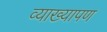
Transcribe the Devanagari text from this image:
व्याख्यापण